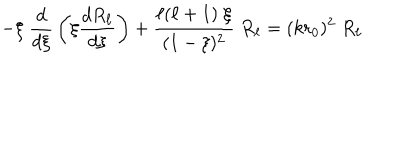
LaTeX: - \xi \; { \frac { d } { d \xi } } \left( \xi { \frac { d R _ { \ell } } { d \xi } } \right) + { \frac { \ell ( \ell + 1 ) \; \xi } { ( 1 - \xi ) ^ { 2 } } } \; R _ { \ell } = ( k r _ { 0 } ) ^ { 2 } \; R _ { \ell }